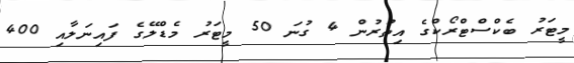
މީޓަރު ބެކްސްޓްރޯކްގެ އިތުރުން 4 ގުނަ 50 މީޓަރު މެޑްލޭގެ ފައިނަލާއި 400